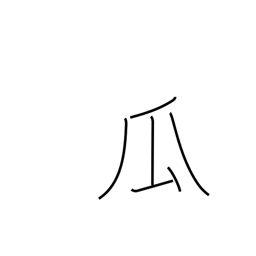
Meaning: melon